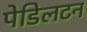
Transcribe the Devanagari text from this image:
पेडिलटन